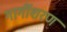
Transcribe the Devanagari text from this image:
गार्गीशरण